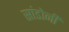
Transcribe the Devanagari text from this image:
सांडोनी